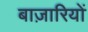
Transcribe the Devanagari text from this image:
बाज़ारियों